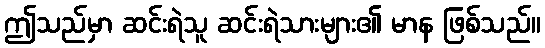
ဤသည်မှာ ဆင်းရဲသူ ဆင်းရဲသားများ၏ မာန ဖြစ်သည်။